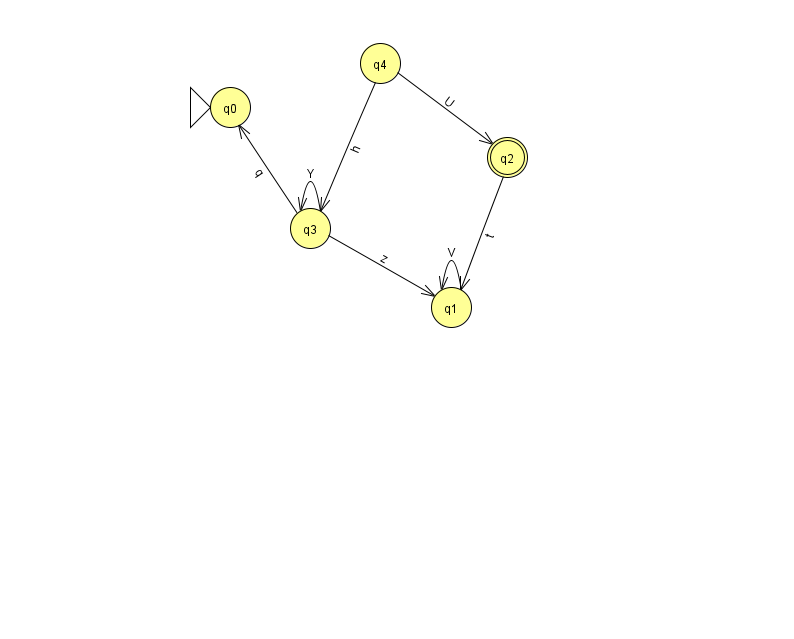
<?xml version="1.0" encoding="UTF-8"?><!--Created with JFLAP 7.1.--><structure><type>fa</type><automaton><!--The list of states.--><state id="0" name="q0"><x>230.0</x><y>94.0</y><initial/></state><state id="1" name="q1"><x>451.0</x><y>294.0</y></state><state id="2" name="q2"><x>507.0</x><y>144.0</y><final/></state><state id="3" name="q3"><x>310.0</x><y>215.0</y></state><state id="4" name="q4"><x>380.0</x><y>50.0</y></state><!--The list of transitions.--><transition><from>2</from><to>1</to><read>t</read></transition><transition><from>3</from><to>0</to><read>q</read></transition><transition><from>1</from><to>1</to><read>V</read></transition><transition><from>4</from><to>2</to><read>U</read></transition><transition><from>3</from><to>3</to><read>Y</read></transition><transition><from>4</from><to>3</to><read>h</read></transition><transition><from>3</from><to>1</to><read>z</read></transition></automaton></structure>